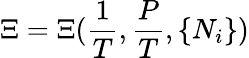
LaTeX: \Xi=\Xi({\frac{1}{T}},{\frac{P}{T}},\{ N_{i}\} )